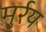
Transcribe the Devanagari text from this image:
मुर्रय